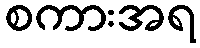
စကားအရ